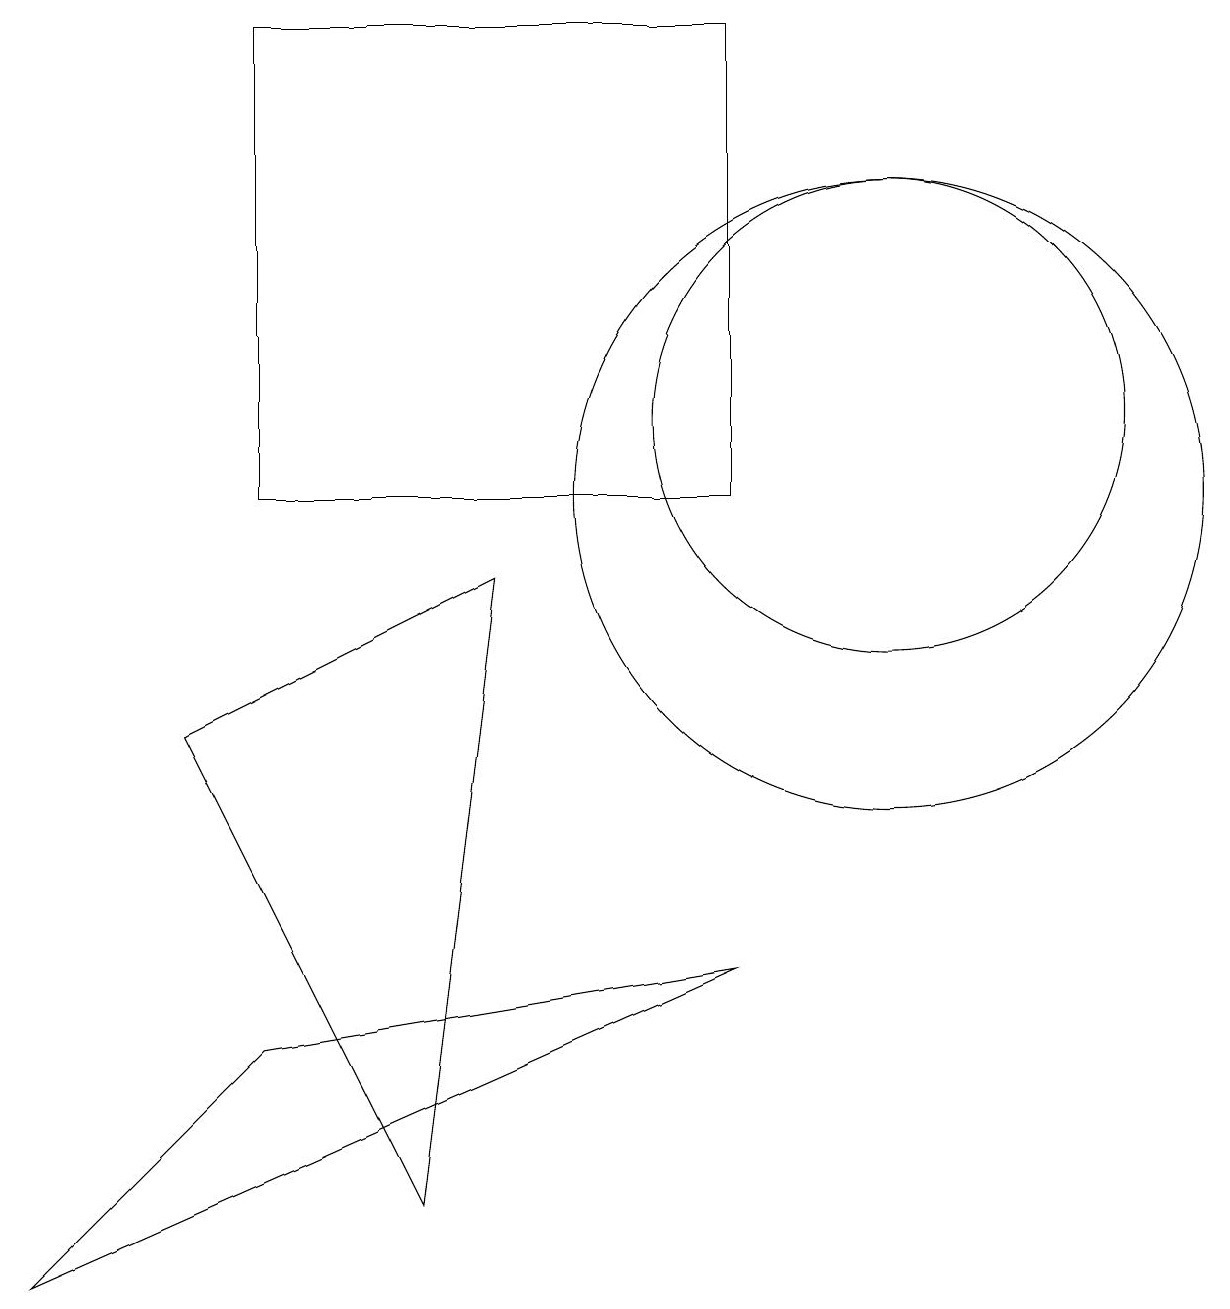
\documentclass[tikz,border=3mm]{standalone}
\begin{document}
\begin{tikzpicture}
\draw (11,10) circle (4);
\draw (11,11) circle (3);
\draw (5,1) -- (6,9) -- (2,7) -- cycle;
\draw (3,10) rectangle (9,16);
\draw (3,3) -- (0,0) -- (9,4) -- cycle;
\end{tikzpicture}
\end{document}